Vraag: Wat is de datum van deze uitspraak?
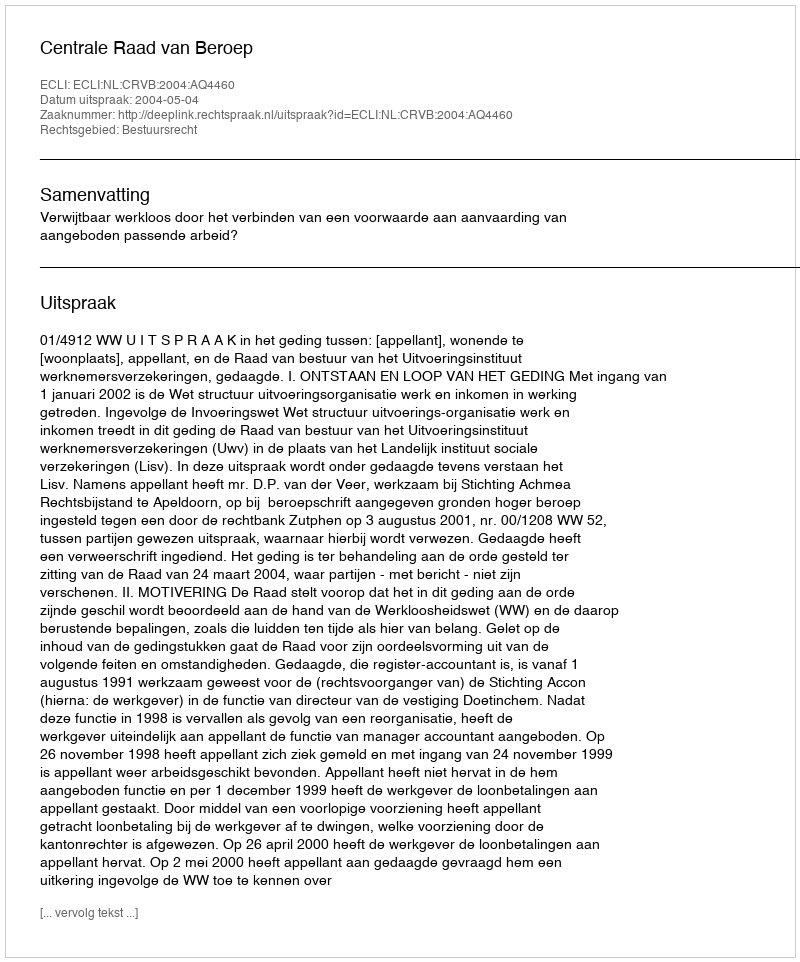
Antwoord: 2004-05-04